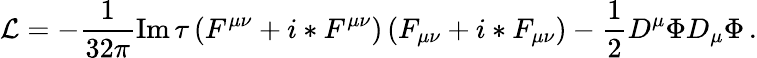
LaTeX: {\cal L}=-\frac{1}{32\pi}\mathrm{Im}\, \tau\left(F^{\mu\nu}+i*F^{\mu\nu}\right)\left(F_{\mu\nu}+i*F_{\mu\nu}\right)-\frac{1}{2}D^{\mu}\Phi D_{\mu}\Phi\, .